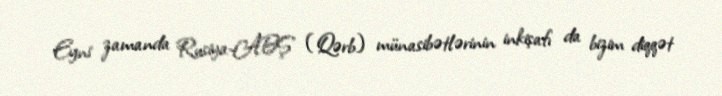
Eyni zamanda Rusiya-ABŞ (Qərb) münasibətlərinin inkişafı da bizim diqqət